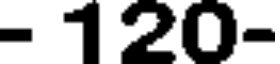
- 120-